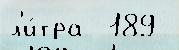
л'и́тра  189